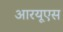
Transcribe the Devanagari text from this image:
आरयूएस